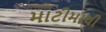
માટીમાથી